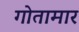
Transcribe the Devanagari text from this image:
गोतामार